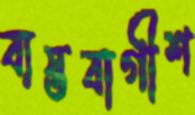
ব্যস্তবাগীশ